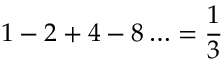
1 - 2 + 4 - 8 \ldots = { \frac { 1 } { 3 } }